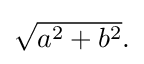
{\textstyle {\sqrt {a^{2}+b^{2}}}.}